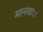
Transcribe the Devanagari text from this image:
मानवाः।